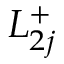
L _ { 2 j } ^ { + }